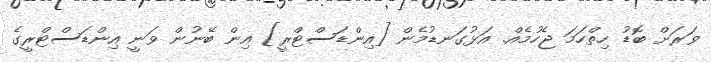
ވަރަށް ބޮޑު ހިތްހަމަ ޖެހުމެއް. އަޅުގަނޑުމެން [އިންޑަސްޓްރީ] އިން ބޭނުން ވަނީ އިންޑަސްޓްރީގެ